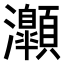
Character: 𤅡